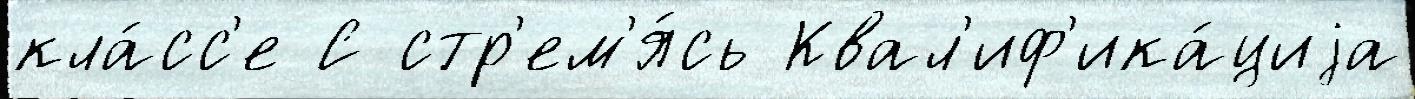
кла́сс'е С стр'ем'я́сь Квал'иф'ика́циjа